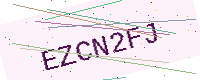
Text: EZCN2FJ